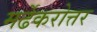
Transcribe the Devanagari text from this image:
मर्ढेकरोत्तर